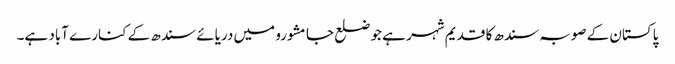
پاکستان کے صوبہ سندھ کا قدیم شہر ہے جو ضلع جامشورو میں دریائے سندھ کے کنارے آباد ہے۔